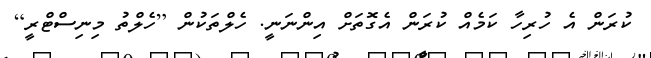
ކުރަން އެ ހުރިހާ ކަމެއް ކުރަން އެގޮތަށް އިންނަނީ. ހެލްތަކުން [ހެލްތު މިނިސްޓްރީ]